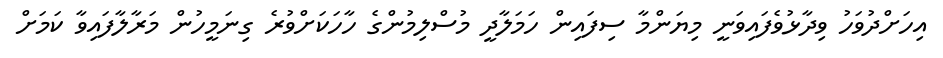
އިހަށްދުވަހު ވިދާޅުވެފައިވަނީ މިޔަންމާ ސިފައިން ހަމަލާދީ މުސްލިމުންގެ ހާހަކަށްވުރެ ގިނަމީހުން މަރާލާފައިވާ ކަމަށް